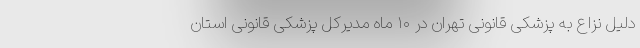
دلیل نزاع به پزشکی قانونی تهران در ۱۰ ماه مدیرکل پزشکی قانونی استان